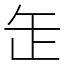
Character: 𦈢